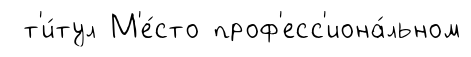
т'и́тул М'е́сто проф'есс'иона́льном